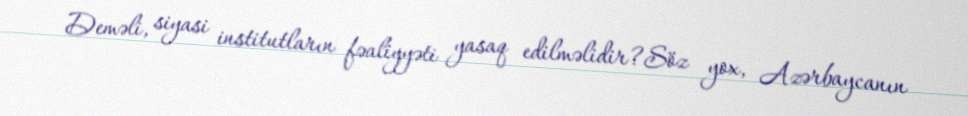
Deməli, siyasi institutların fəaliyyəti yasaq edilməlidir?Söz yox, Azərbaycanın